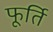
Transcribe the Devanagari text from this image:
फूर्ति